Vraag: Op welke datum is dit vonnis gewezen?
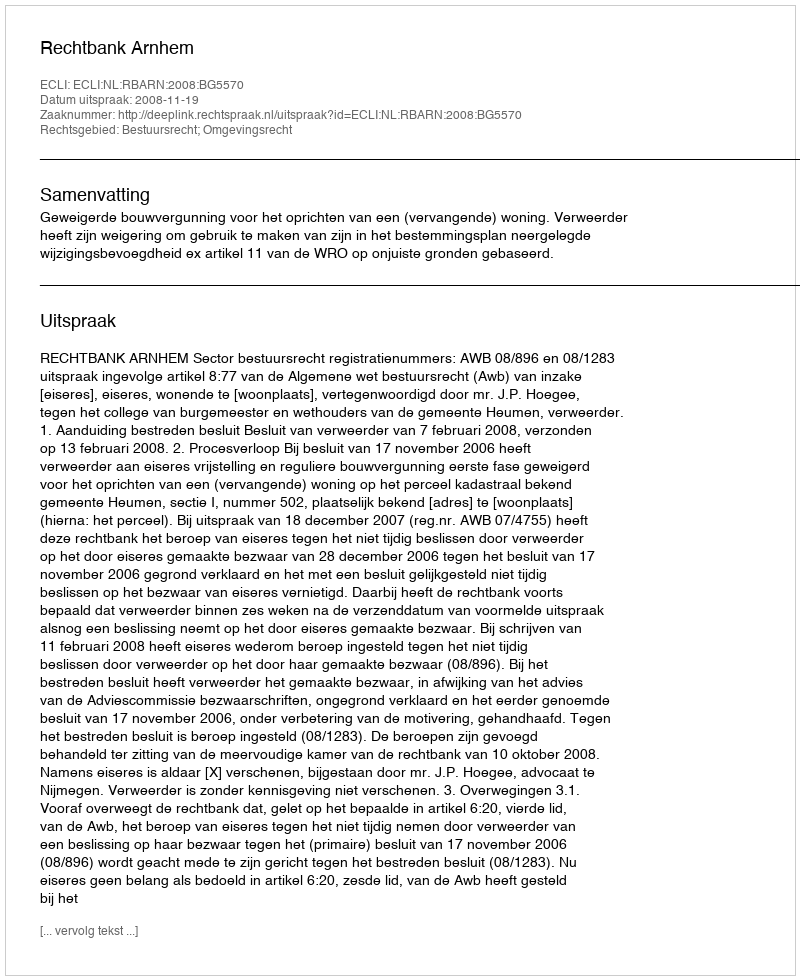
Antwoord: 2008-11-19